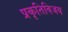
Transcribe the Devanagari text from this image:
प्रकृतिविजय